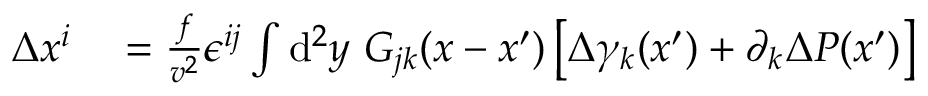
\begin{array} { r l } { \Delta x ^ { i } } & { { } = \frac { f } { v ^ { 2 } } \epsilon ^ { i j } \int \ensuremath { \operatorname { d } \! { } ^ { 2 } } y \ G _ { j k } ( x - x ^ { \prime } ) \left[ \Delta \gamma _ { k } ( x ^ { \prime } ) + \partial _ { k } \Delta P ( x ^ { \prime } ) \right] \, } \end{array}